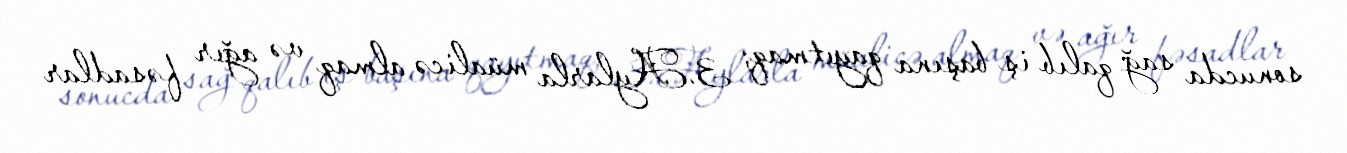
sonucda sağ qalıb iş başına qayıtmaq; 3.Aylarla müalicə almaq və ağır fəsadlar